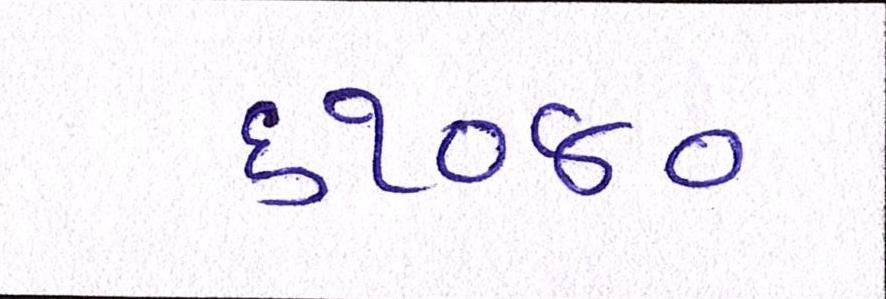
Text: ૬૧૦૪૦